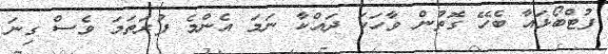
ފުޓްބޯޅައާ ބެހޭ ގޮތުން ވާހަކަ ދައްކާ ނަމަ އެންމެ ފުރަތަމަ ވެސް ގިނަ